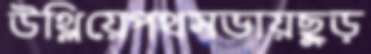
উথ্‌লিয়েপথসভায়ছুড়